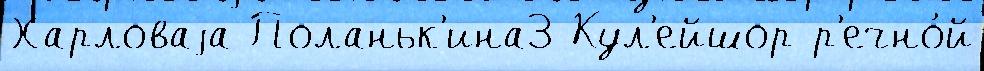
Харловаjа Поланьк'ина3 Кул'ейшор р'ечно́й